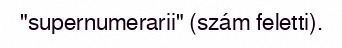
"supernumerarii" (szám feletti).